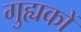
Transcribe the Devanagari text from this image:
गुह्यकों